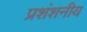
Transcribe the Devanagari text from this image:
प्रशंशनीय